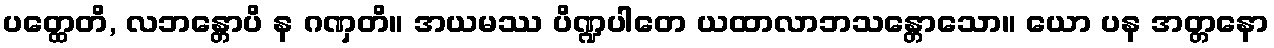
ပတ္ထေတိ, လဘန္တောပိ န ဂဏှတိ။ အယမဿ ပိဏ္ဍပါတေ ယထာလာဘသန္တောသော။ ယော ပန အတ္တနော